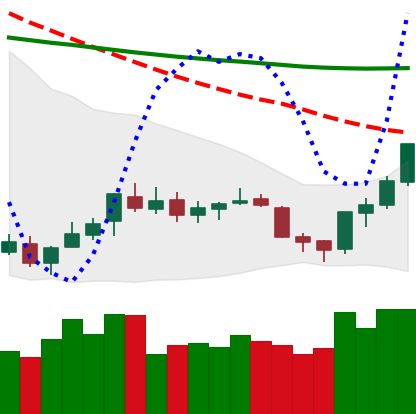
Ticker: XLM-USD
Chart end date: 2018-07-16
Forward return: 22.835%
Label: up_7plus